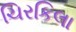
ચિરકિલા